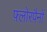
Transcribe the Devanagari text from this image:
फ़्लोरपैनों